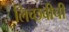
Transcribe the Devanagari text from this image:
लिच्छवीची